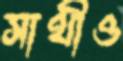
সাথীও